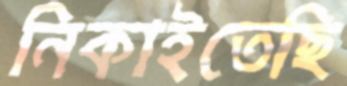
নিকাইতেছি